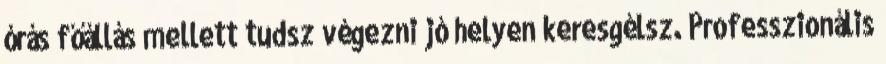
órás főállás mellett tudsz végezni jó helyen keresgélsz. Professzionális